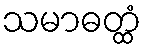
သမာဓတ္ထံ